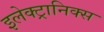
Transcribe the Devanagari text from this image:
इलेक्‍ट्रानिक्‍स